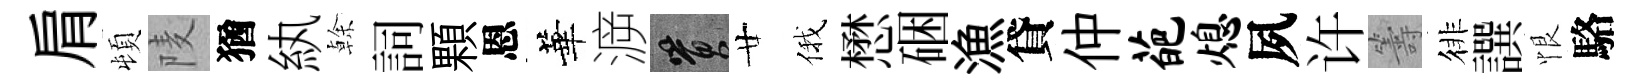
肩頓𨹧猶紈𠏉詞顆恩華㴑篔廿俄懋硱漁貸仲葩熄夙许籌徘譔恨駱